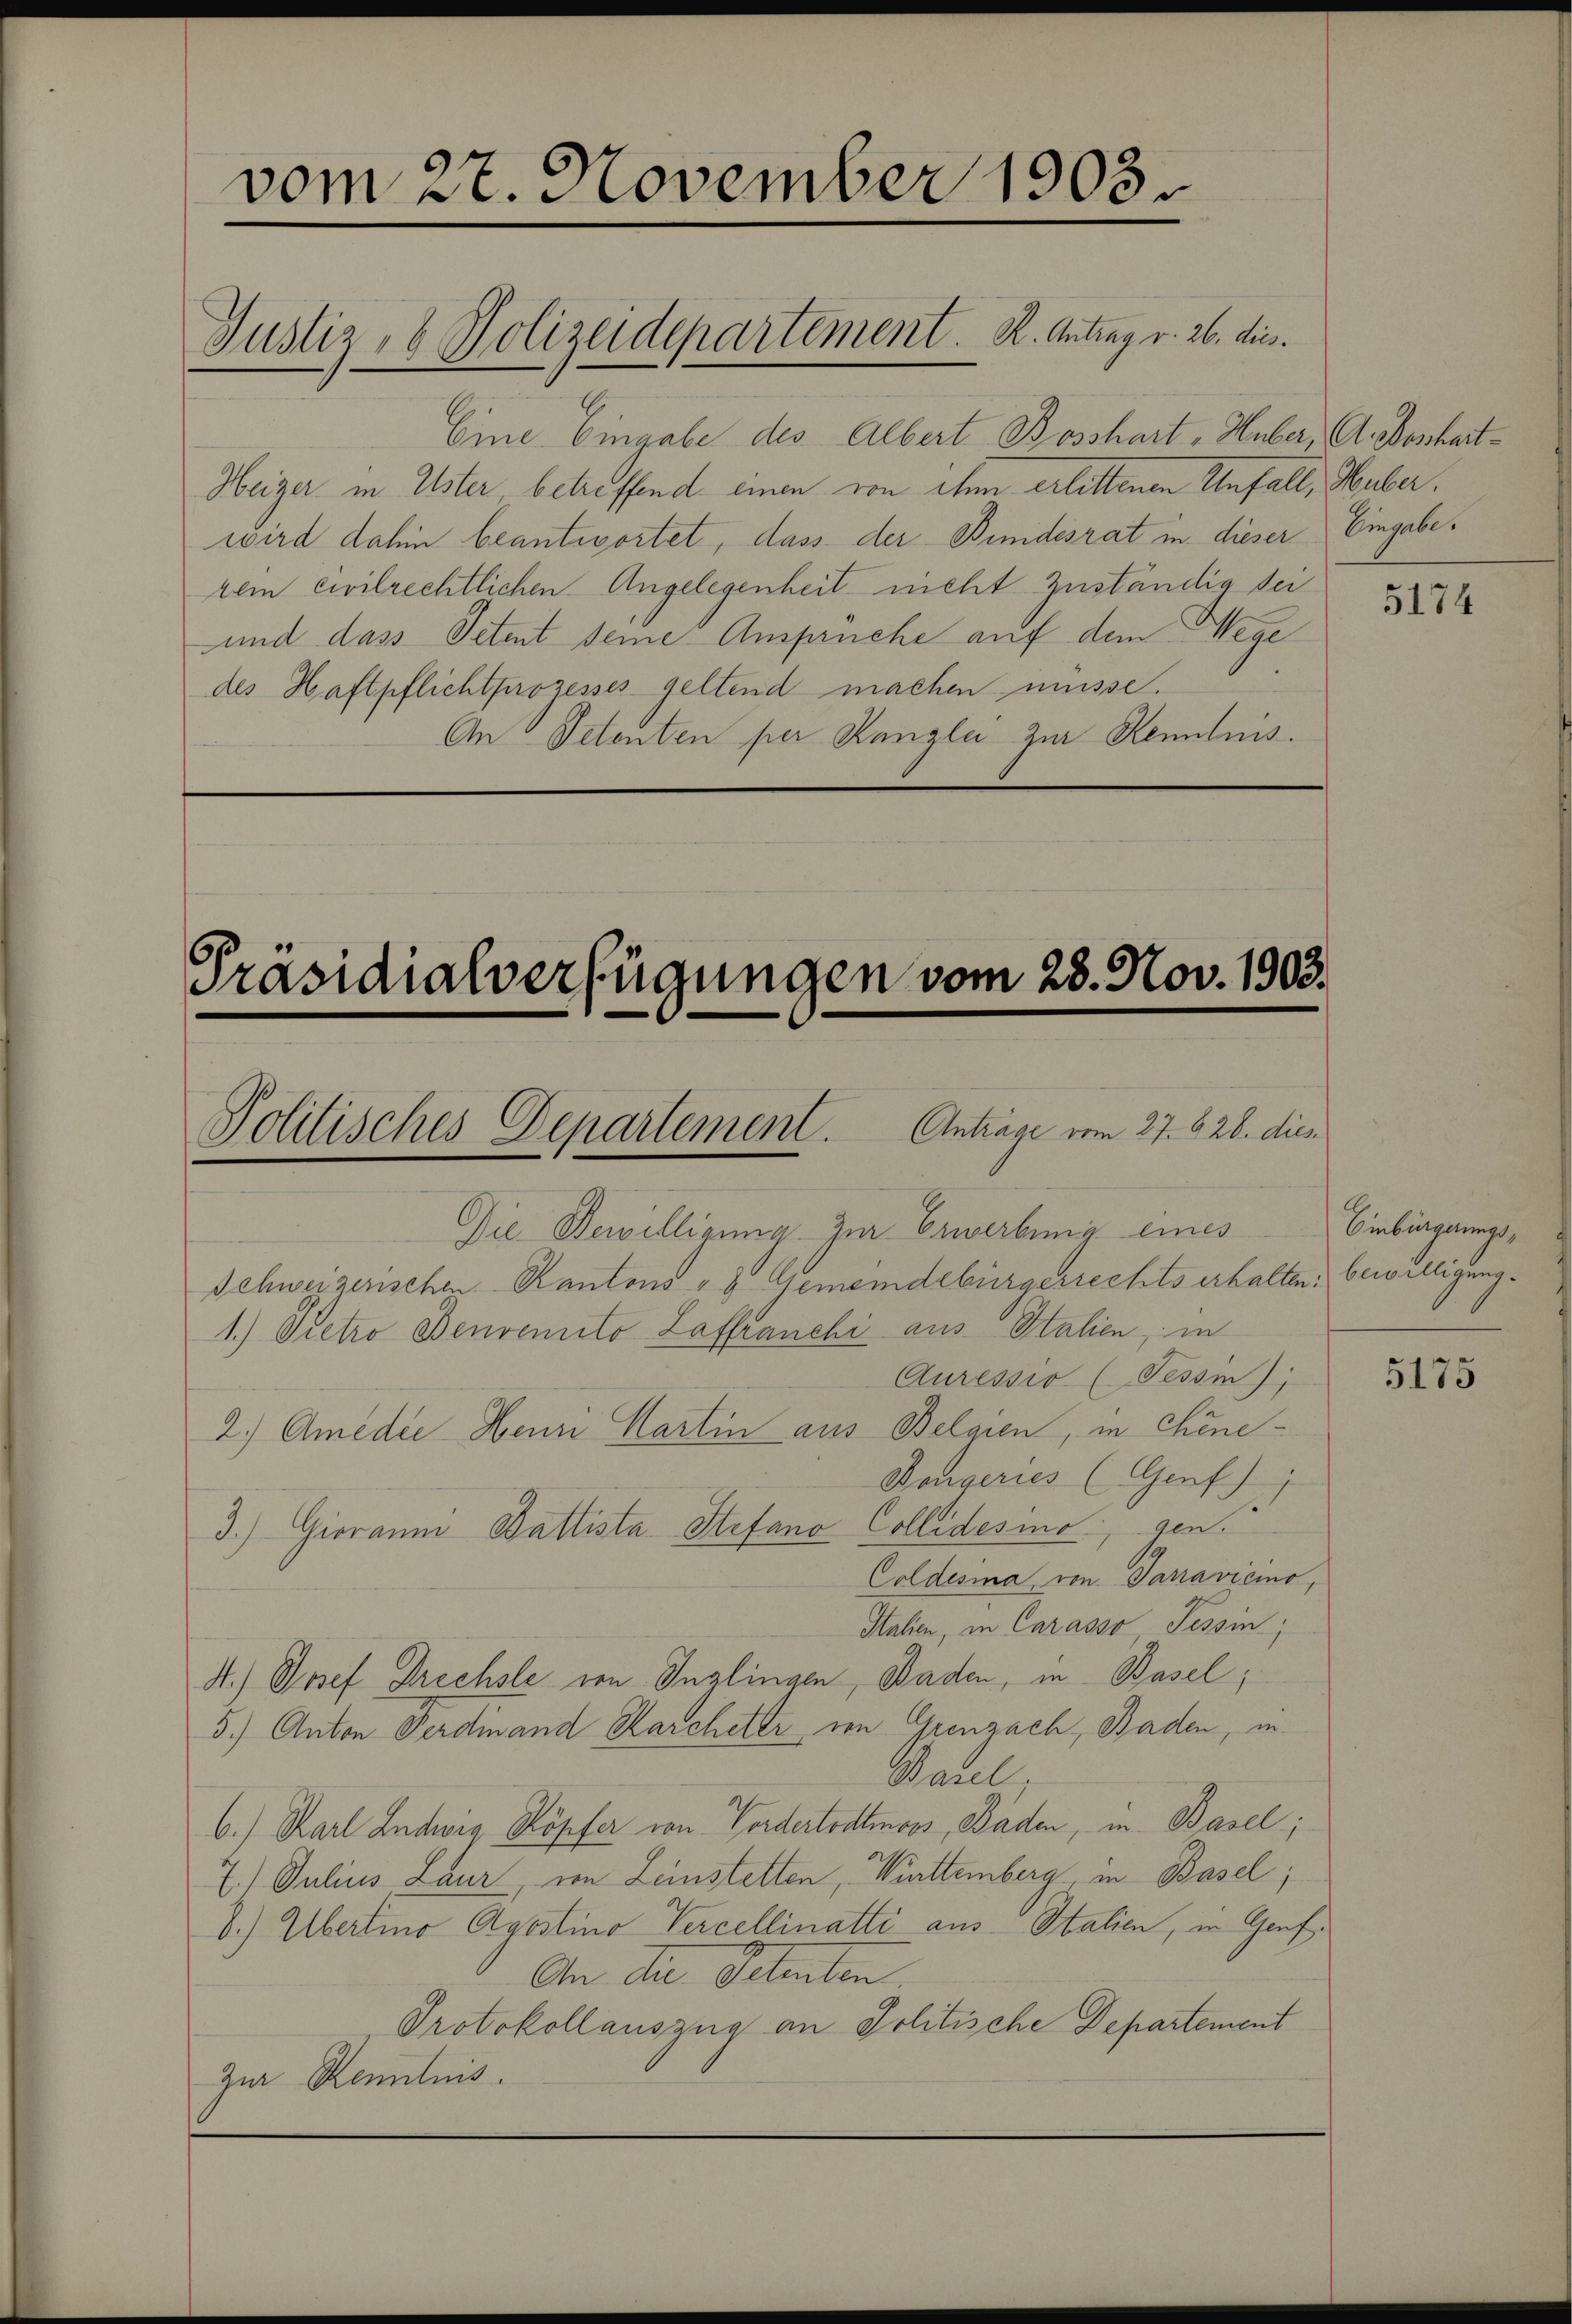
vom 27. November 1903.

Eine Eingabe des Albert Bosshart - Huber, A. Bonhart¬
Heizer in Uster betreffend einen von ihm erlittenen Unfall, Huber,
wird dahin beantwortet, dass der Bindesrat in dieser Eingaberem civilrechtlichen Angelegenheit nicht zuständig sei
und dass Petent seine Ansprüche auf dem Wege
des Haftpflicht prozesses geltend machen müsse.
An Petenten per Kanzlei zur Kenntnis.

Justiz- & Polizeidepartement. K. Antrag v. 26. dies

Präsidialverfügungen vom 28. Nov. 1903.
Anträge vom 27. 828. dies
Politisches Departement.

Die Bewilligung zur Erwerbung eines
Schweizerischen Kantons - 8. Gemeindebürgerrechts erhalten: bewilligung¬
1.) Dietro Benvenito Zaffranchi aus Italien, in
Auressio (Tessin),
2.) Amedie Henri Martin aus Belgien, in Chine-
Bengeries (Genf)
3.) Gioramm Battista Stefano Collidesinogen.
Coldesma von Paravicino,
Italien, in Carasso Tessin,
4.) Josef Drechsle von Inglingen, Baden, in Basel,
5.) Anton Ferdinand Karcheter von Grenzach, Baden, in
Basel.
6.) Karl Ludwig Köpfer von Vordertodtmoos, Baden, in Basel;
7.) Julius, Laur, von Leinstetten, Württemberg in Basel;
b.) Übertino Agostino Percellinatti aus Italien, in Genf¬
An die Beleuten
Protokollauszug an Politische Departement
Zur Kenntnis.

5174

Einbringerungs,

5175